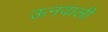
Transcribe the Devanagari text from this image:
ऊनवाली